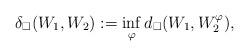
LaTeX: \begin{align*}\delta_\square(W_1,W_2):=\inf_{\varphi}d_\square(W_1,W_2^\varphi),\end{align*}